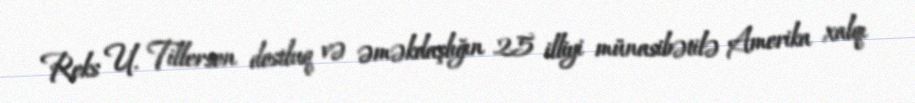
Reks U. Tillerson dostluq və əməkdaşlığın 25 illiyi münasibətilə Amerika xalqı